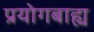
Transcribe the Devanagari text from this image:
प्रयोगबाह्य